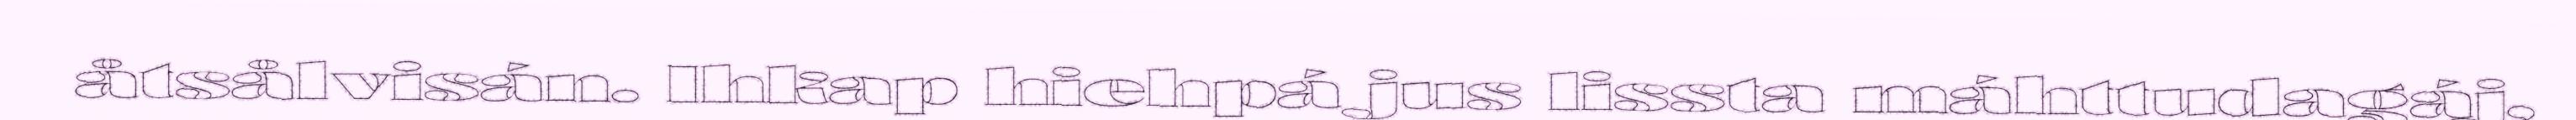
åtsålvisán. Ihkap hiehpá jus lissta máhttudagáj,